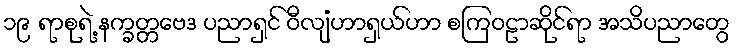
၁၉ ရာစုရဲ့ နက္ခတ္တဗေဒ ပညာရှင် ဝီလျံဟာရှယ်ဟာ စကြဝဠာဆိုင်ရာ အသိပညာတွေ